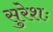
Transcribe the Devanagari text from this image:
सुरेशः